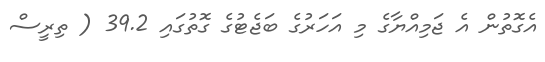
އެގޮތުން އެ ޖަމިއްޔާގެ މި އަހަރުގެ ބަޖެޓުގެ ގޮތުގައި 39.2 ( ތިރީސް